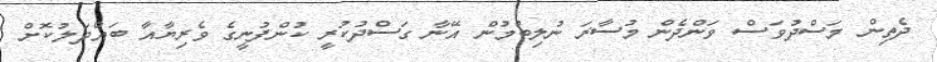
ދެތިން މަސްދުވަސް ވަންދެން މުސާރަ ނުލިބުމުން އޭނާ ގަސްދުކުރީ ކުންފުނީގެ ވެރިޔާއާ ބައްދަލުކޮށް